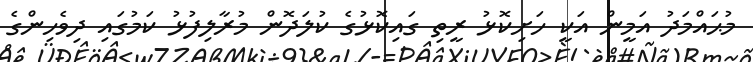
މުޙައްމަދު އަމީން އަކީ ހަށިކޮޅު ރީތި ގައިކޮޅުގެ ކުލަދޮން މުރާލިފުޅު ކަމުގައި ދިވެހިންގެ